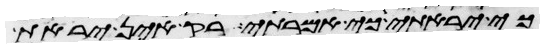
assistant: כי יראתי כי אמרתי רק אין יראת